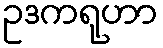
ဥဒကရုဟာ